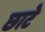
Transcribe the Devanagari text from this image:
छाटे